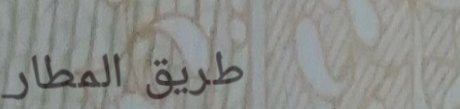
طريق المطار